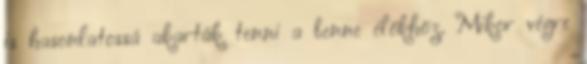
is hasonlatossá akarták tenni a benne élőkhöz. Mikor végre